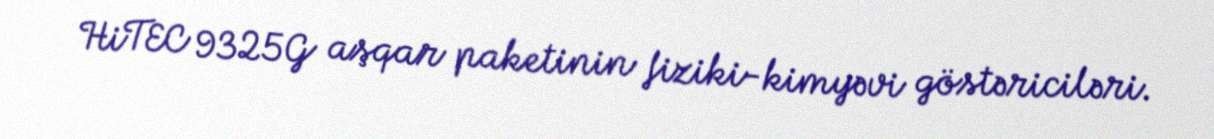
HiTEC 9325G aşqar paketinin fiziki-kimyəvi göstəriciləri.